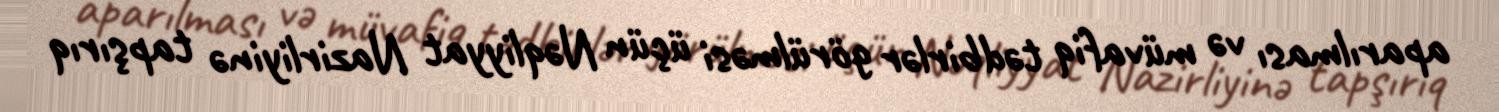
aparılması və müvafiq tədbirlər görülməsi üçün Nəqliyyat Nazirliyinə tapşırıq